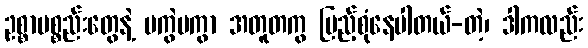
ဥစ္စာပစ္စည်းတွေနဲ့ မကွဲမကွာ အတူတကွ ပြည့်စုံနေပါတယ်-တဲ့၊ ဒါကလည်း